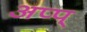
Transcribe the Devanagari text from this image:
अप्प्